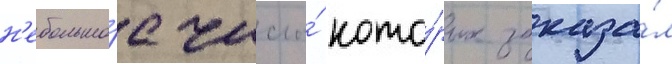
н'ебольшо́е число́ кото́рых заказа́л